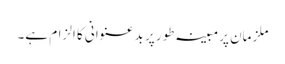
ملزمان پرمبینہ طور پر بدعنوانی کا الزام ہے۔